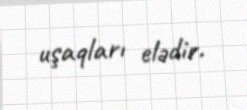
uşaqları elədir.